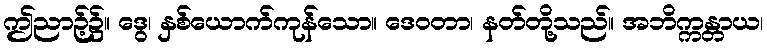
ဤညာဉ့်၌။ ဒွေ၊ နှစ်ယောက်ကုန်သော။ ဒေဝတာ၊ နတ်တို့သည်။ အဘိက္ကန္တာယ၊